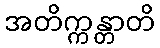
အတိက္ကန္တာတိ